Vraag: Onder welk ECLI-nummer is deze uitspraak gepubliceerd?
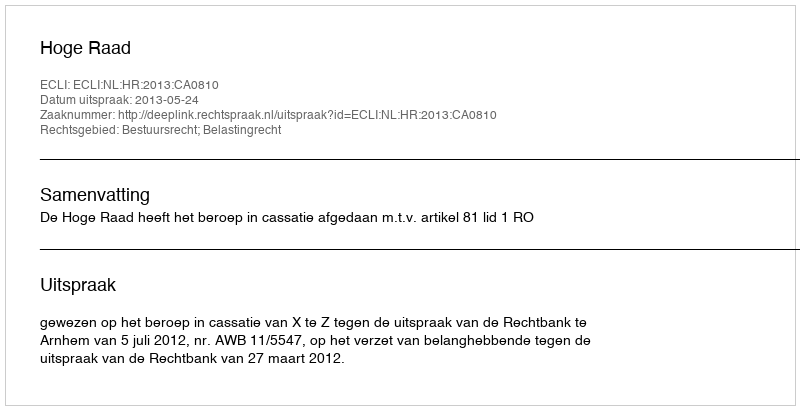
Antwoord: ECLI:NL:HR:2013:CA0810